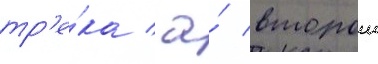
тр'е́ка / а́ второи